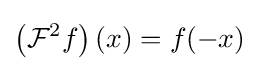
\left({\mathcal {F}}^{2}f\right)(x)=f(-x)